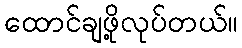
ထောင်ချဖို့လုပ်တယ်။